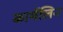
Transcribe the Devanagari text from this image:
कार्मेलिन